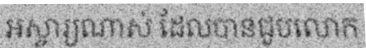
អស្ចារ្យណាស់ ដែលបានជួបលោក